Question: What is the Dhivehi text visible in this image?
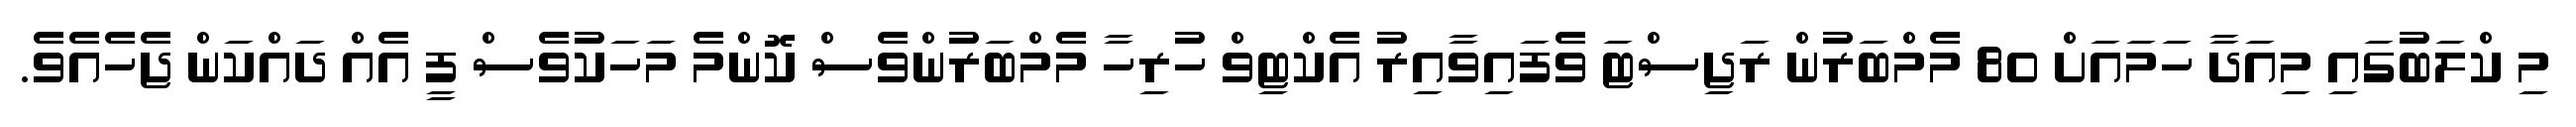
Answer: މި ކްލަބުގައި މިއަދާ ހަމައަށް 80 މެމްބަރުން ރަޖިސްޓަ ވެފައިވާއިރު އެކްޓިވް ހުރިހާ މެމްބަރުންވެސް ކޮންމެ މަހަކުވެސް ފީ އެއް ދައްކަން ޖެހެއެވެ.